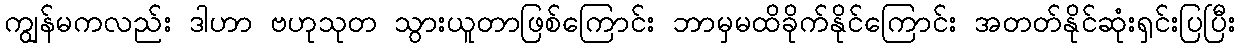
ကျွန်မကလည်း ဒါဟာ ဗဟုသုတ သွားယူတာဖြစ်ကြောင်း ဘာမှမထိခိုက်နိုင်ကြောင်း အတတ်နိုင်ဆုံးရှင်းပြပြီး